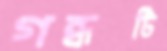
গন্ধটি